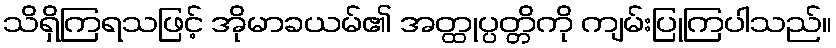
သိရှိကြရသဖြင့် အိုမာခယမ်၏ အတ္ထုပ္ပတ္တိကို ကျမ်းပြုကြပါသည်။